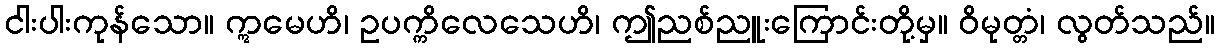
ငါးပါးကုန်သော။ ဣမေဟိ၊ ဥပက္ကိလေသေဟိ၊ ဤညစ်ညူးကြောင်းတို့မှ။ ဝိမုတ္တံ၊ လွတ်သည်။